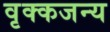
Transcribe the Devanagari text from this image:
वृक्कजन्य